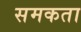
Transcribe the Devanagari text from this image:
समकता